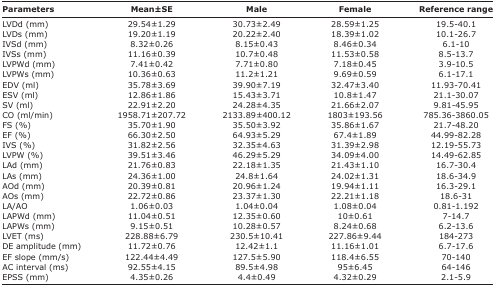
<table><thead><tr><td><b>Parameters</b></td><td><b>Mean±SE</b></td><td><b>Male</b></td><td><b>Female</b></td><td><b>Reference range</b></td></tr></thead><tbody><tr><td>LVDd (mm)</td><td>29.54±1.29</td><td>30.73±2.49</td><td>28.59±1.25</td><td>19.5-40.1</td></tr><tr><td>LVDs (mm)</td><td>19.20±1.19</td><td>20.22±2.40</td><td>18.39±1.02</td><td>10.1-26.7</td></tr><tr><td>IVSd (mm)</td><td>8.32±0.26</td><td>8.15±0.43</td><td>8.46±0.34</td><td>6.1-10</td></tr><tr><td>IVSs (mm)</td><td>11.16±0.39</td><td>10.7±0.48</td><td>11.53±0.58</td><td>8.5-13.7</td></tr><tr><td>LVPWd (mm)</td><td>7.41±0.42</td><td>7.71±0.80</td><td>7.18±0.45</td><td>3.9-10.5</td></tr><tr><td>LVPWs (mm)</td><td>10.36±0.63</td><td>11.2±1.21</td><td>9.69±0.59</td><td>6.1-17.1</td></tr><tr><td>EDV (ml)</td><td>35.78±3.69</td><td>39.90±7.19</td><td>32.47±3.40</td><td>11.93-70.41</td></tr><tr><td>ESV (ml)</td><td>12.86±1.86</td><td>15.43±3.71</td><td>10.8±1.47</td><td>21.1-30.07</td></tr><tr><td>SV (ml)</td><td>22.91±2.20</td><td>24.28±4.35</td><td>21.66±2.07</td><td>9.81-45.95</td></tr><tr><td>CO (ml/min)</td><td>1958.71±207.72</td><td>2133.89±400.12</td><td>1803±193.56</td><td>785.36-3860.05</td></tr><tr><td>FS (%)</td><td>35.70±1.90</td><td>35.50±3.92</td><td>35.86±1.67</td><td>21.7-48.20</td></tr><tr><td>EF (%)</td><td>66.30±2.50</td><td>64.93±5.29</td><td>67.4±1.89</td><td>44.99-82.28</td></tr><tr><td>IVS (%)</td><td>31.82±2.56</td><td>32.35±4.63</td><td>31.39±2.98</td><td>12.19-55.73</td></tr><tr><td>LVPW (%)</td><td>39.51±3.46</td><td>46.29±5.29</td><td>34.09±4.00</td><td>14.49-62.85</td></tr><tr><td>LAd (mm)</td><td>21.76±0.83</td><td>22.18±1.35</td><td>21.43±1.10</td><td>16.7-30.4</td></tr><tr><td>LAs (mm)</td><td>24.36±1.00</td><td>24.8±1.64</td><td>24.02±1.31</td><td>18.6-34.9</td></tr><tr><td>AOd (mm)</td><td>20.39±0.81</td><td>20.96±1.24</td><td>19.94±1.11</td><td>16.3-29.1</td></tr><tr><td>AOs (mm)</td><td>22.72±0.86</td><td>23.37±1.30</td><td>22.21±1.18</td><td>18.6-31</td></tr><tr><td>LA/AO</td><td>1.06±0.03</td><td>1.04±0.04</td><td>1.08±0.04</td><td>0.81-1.192</td></tr><tr><td>LAPWd (mm)</td><td>11.04±0.51</td><td>12.35±0.60</td><td>10±0.61</td><td>7-14.7</td></tr><tr><td>LAPWs (mm)</td><td>9.15±0.51</td><td>10.28±0.57</td><td>8.24±0.68</td><td>6.2-13.6</td></tr><tr><td>LVET (ms)</td><td>228.88±6.79</td><td>230.5±10.41</td><td>227.86±9.44</td><td>184-273</td></tr><tr><td>DE amplitude (mm)</td><td>11.72±0.76</td><td>12.42±1.1</td><td>11.16±1.01</td><td>6.7-17.6</td></tr><tr><td>EF slope (mm/s)</td><td>122.44±4.49</td><td>127.5±5.90</td><td>118.4±6.55</td><td>70-140</td></tr><tr><td>AC interval (ms)</td><td>92.55±4.15</td><td>89.5±4.98</td><td>95±6.45</td><td>64-146</td></tr><tr><td>EPSS (mm)</td><td>4.35±0.26</td><td>4.4±0.49</td><td>4.32±0.29</td><td>2.1-5.9</td></tr></tbody></table>